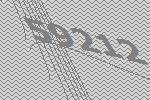
59212